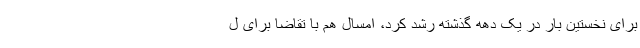
برای نخستین بار در یک دهه گذشته رشد کرد، امسال هم با تقاضا برای ل